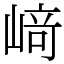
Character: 﨑